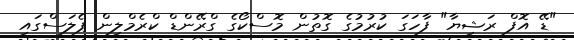
"ޑޭ އޮފް ރަޝިޔާ" ފާހަގަ ކުރުމުގެ ގޮތުން މޮސްކޯގެ ގްރޭންޑް ކްރެމްލިން ޕެލަސްގައި